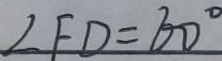
\angle F D = 6 0 ^ { \circ }